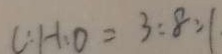
C : H _ { 1 } O = 3 : 8 : 1